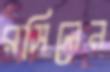
রসিলেন